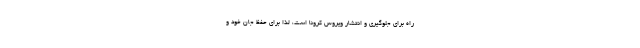
راه برای جلوگیری و انتشار ویروس کرونا است، لذا برای حفظ جان خود و